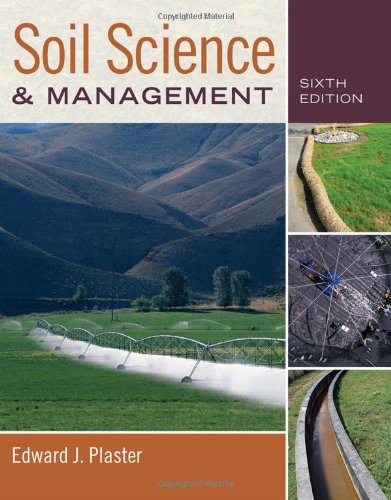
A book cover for Soil Science and Management; Edward Plaster; Science & Math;